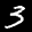
Label: 3